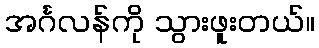
အင်္ဂလန်ကို သွားဖူးတယ်။